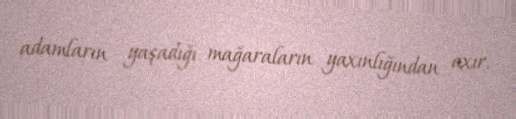
adamların yaşadığı mağaraların yaxınlığından axır.